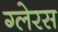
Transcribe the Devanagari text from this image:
ग्लेरस